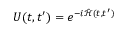
\begin{array} { r } { U ( t , t ^ { \prime } ) = e ^ { - i \Tilde { \mathcal { H } } ( t , t ^ { \prime } ) } } \end{array}